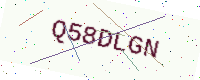
Text: Q58DLGN